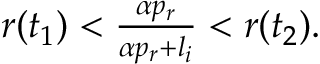
\begin{array} { r } { r ( t _ { 1 } ) < \frac { \alpha p _ { r } } { \alpha p _ { r } + l _ { i } } < r ( t _ { 2 } ) . } \end{array}